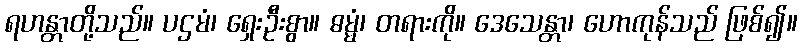
ရဟန္တာတို့သည်။ ပဌမံ၊ ရှေးဦးစွာ။ ဓမ္မံ၊ တရားကို။ ဒေသေန္တာ၊ ဟောကုန်သည် ဖြစ်၍။